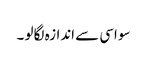
سو اسی سے اندازہ لگا لو ۔